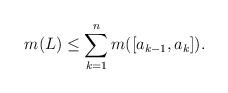
LaTeX: \begin{align*}m(L)\leq \sum_{k=1}^n m([a_{k-1},a_k]).\end{align*}